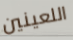
اللعينين